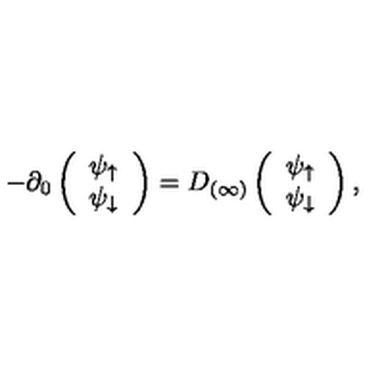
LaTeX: - \partial _ { 0 } \left( \begin{array} { c } { \psi _ { \uparrow } } \\ { \psi _ { \downarrow } } \\ \end{array} \right) = D _ { ( \infty ) } \left( \begin{array} { c } { \psi _ { \uparrow } } \\ { \psi _ { \downarrow } } \\ \end{array} \right) ,